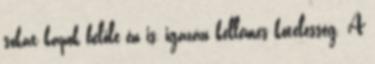
sokat kapok belőle én is, igazán kellemes kötelesség. A